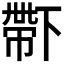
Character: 𠁑